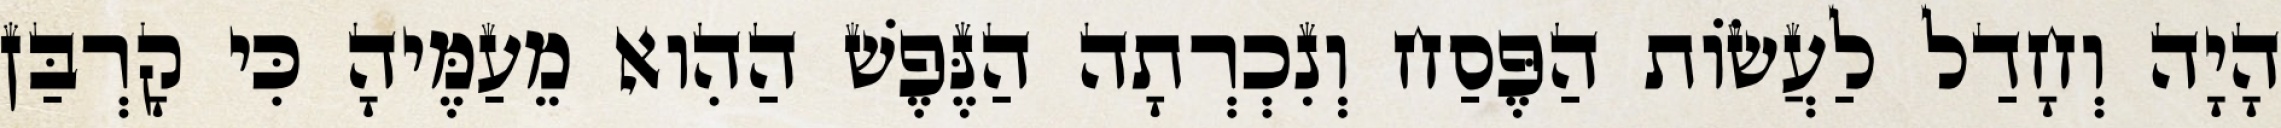
הָיָה וְחָדַל לַעֲשׂוֹת הַפֶּסַח וְנִכְרְתָה הַנֶּפֶשׁ הַהִוא מֵעַמֶּיהָ כִּי קָרְבַּן